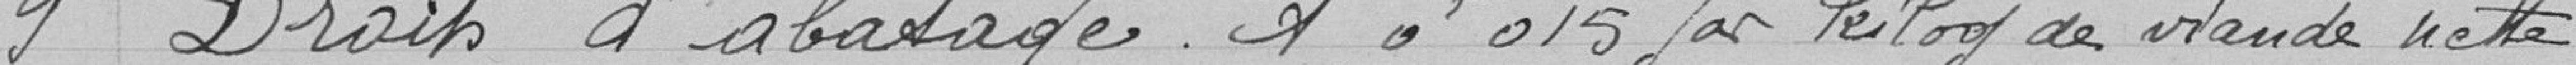
9 Droits d'abattage 1 F .015 par kilogramme de viande